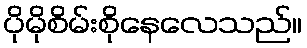
ပိုမိုစိမ်းစိုနေလေသည်။